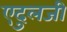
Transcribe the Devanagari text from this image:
एदुलजी